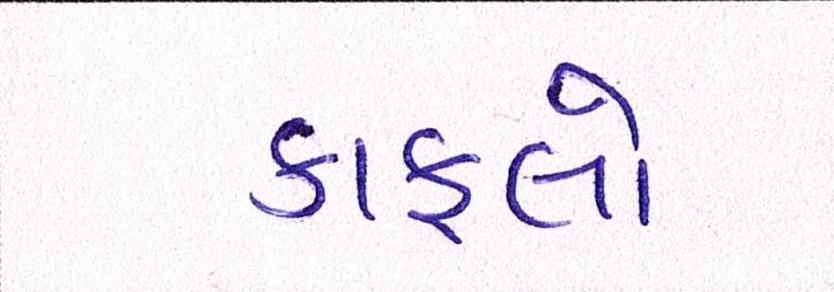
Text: કાફલો